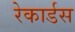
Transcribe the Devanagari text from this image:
रेकार्डस